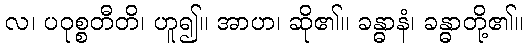
လ၊ ပဝုစ္စတီတိ၊ ဟူ၍။ အာဟ၊ ဆို၏။ ခန္ဓာနံ၊ ခန္ဓာတို့၏။